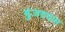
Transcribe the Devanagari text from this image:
झुंजण्यास